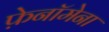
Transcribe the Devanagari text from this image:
फ़ेनॉमेना